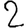
Digit: 2